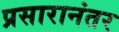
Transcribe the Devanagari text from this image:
प्रसारानंतर